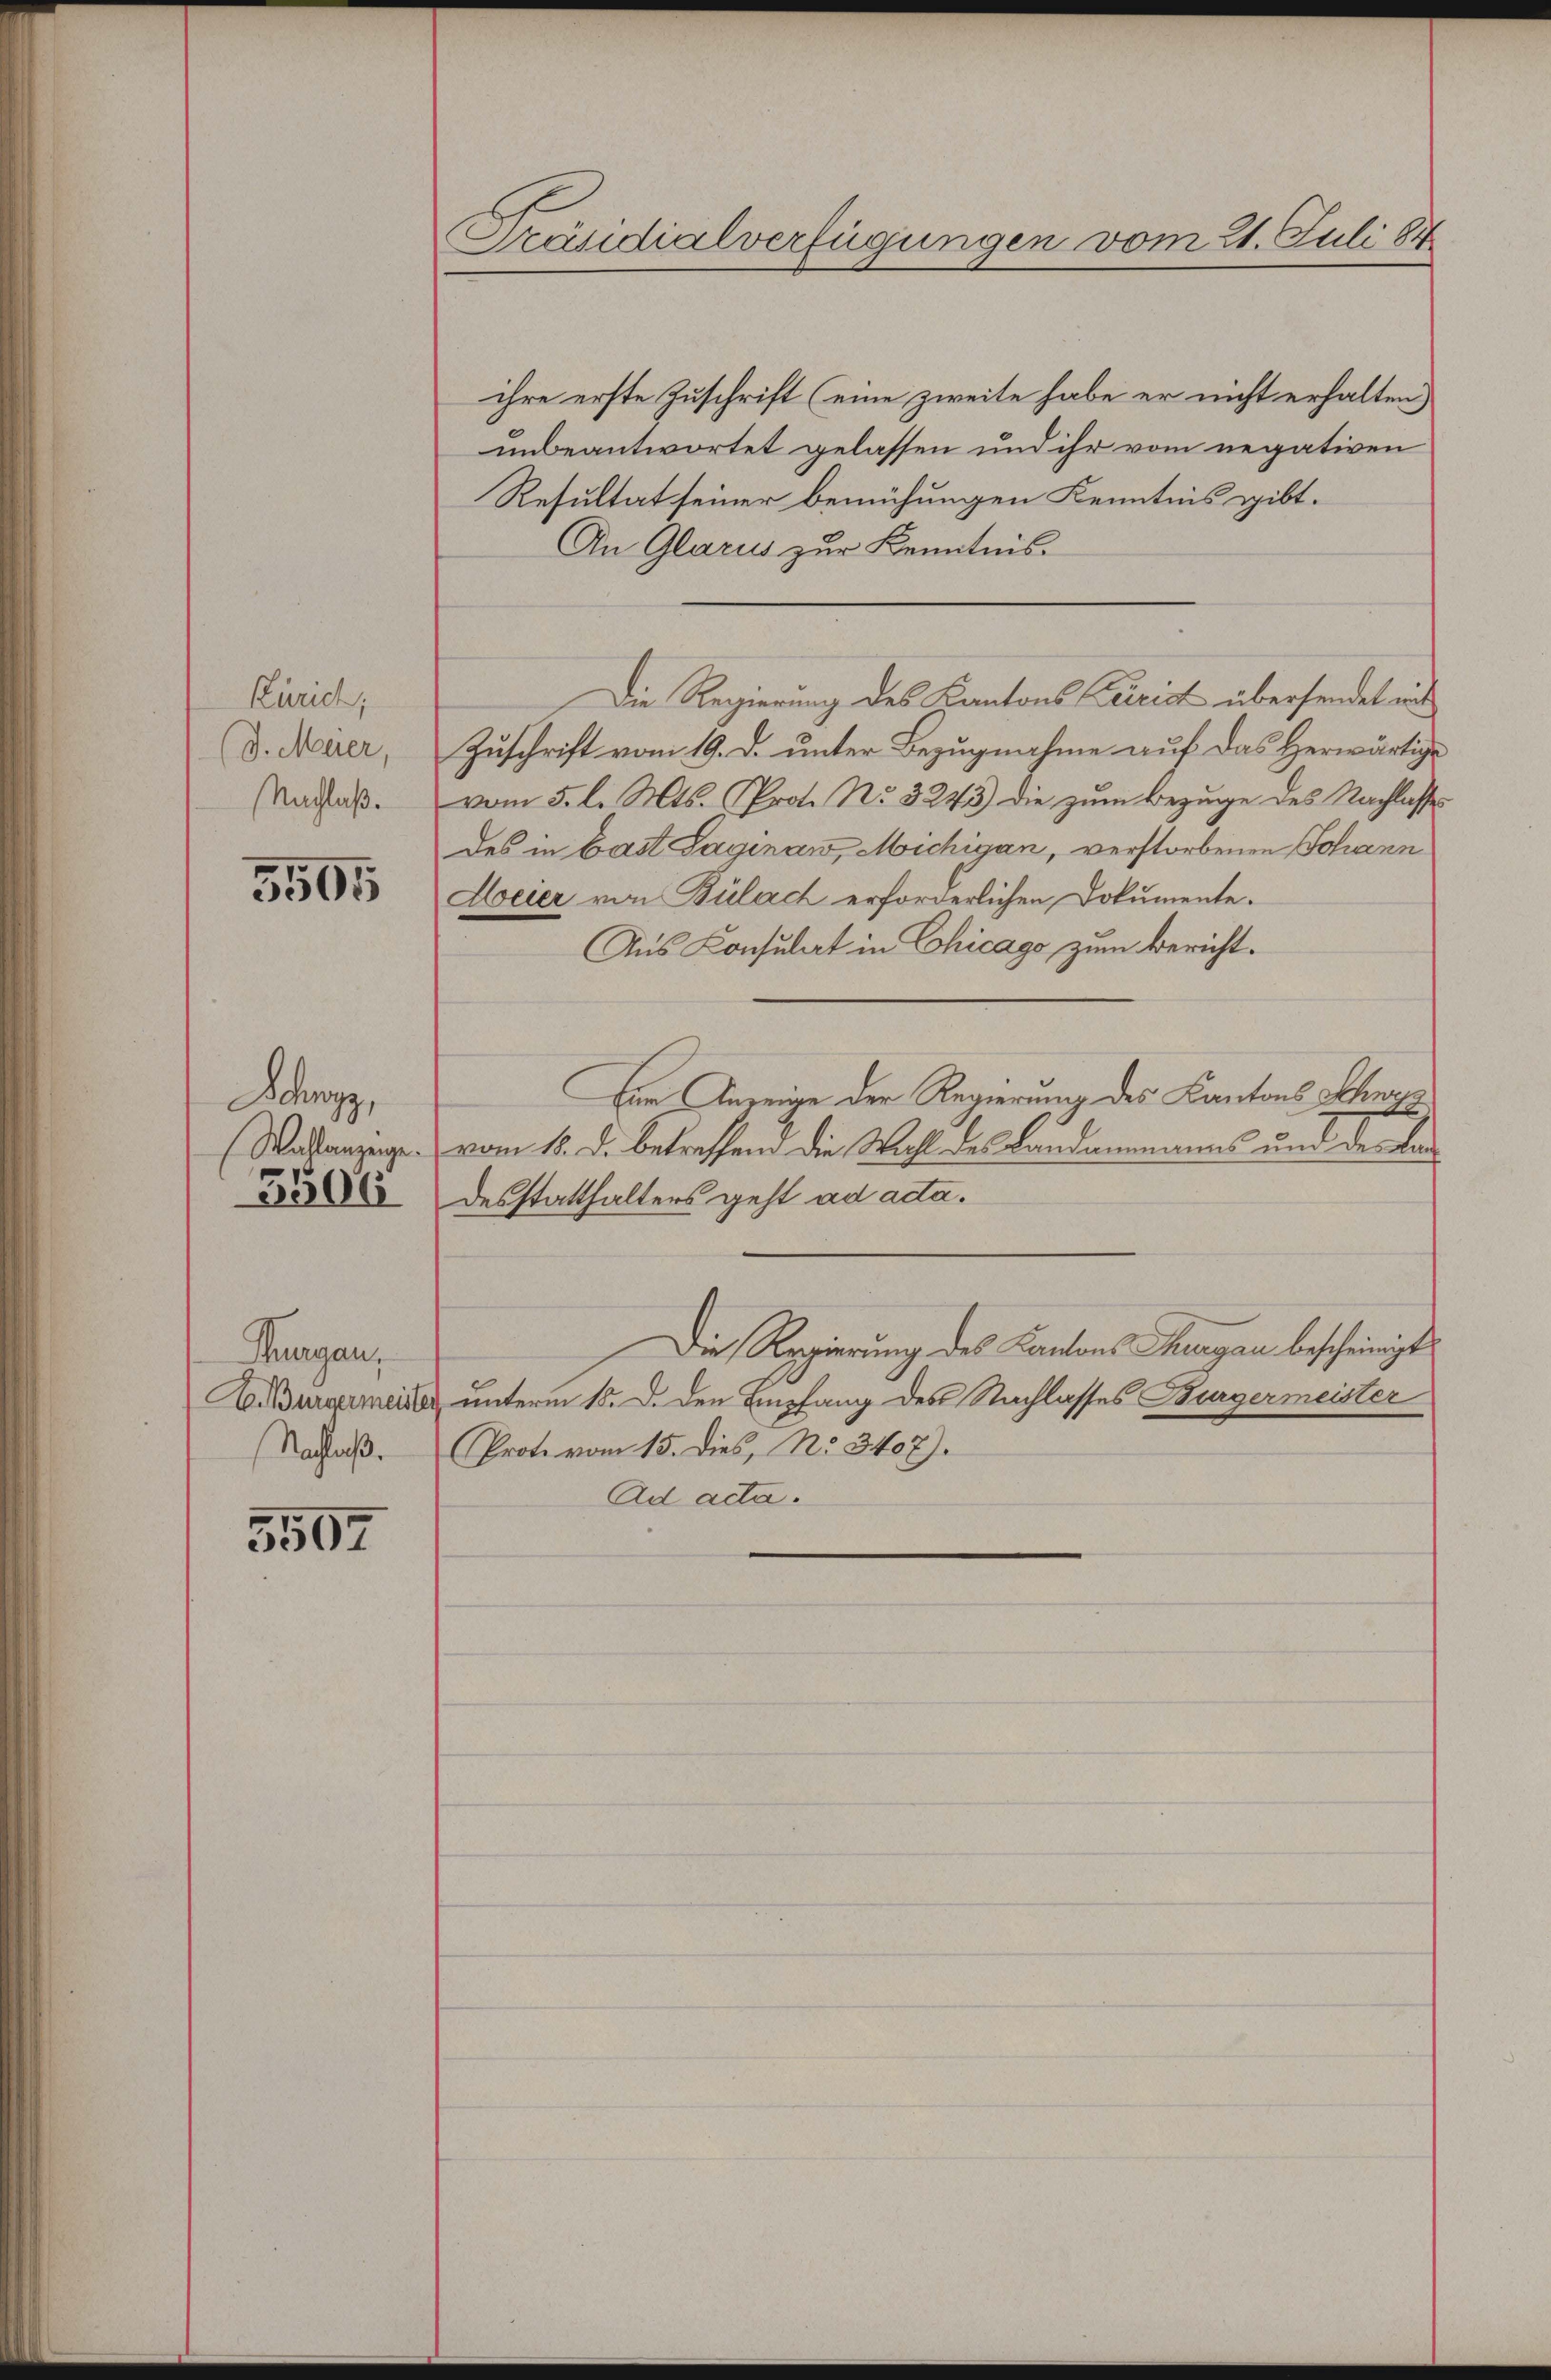
Zürich;
(J. Meier,
Nachlaß.

5505

Schwyz,
3506

Thurgau,
A. Bürgermeist
Nachlaß.

5507

Präsidialverfügungen vom 21. Juli 184

ihre erste Zuschrift (eine zweite habe er nicht erhalten
unbeantwortet gelassen und ihr vom negativen
Resultat seiner bemühungen Kenntnis gibt.
An Glarus zur Kenntnis.
Zuschrift vom 19. d. unter Bezugnahme auf das Herwärtige
vom 5. l. Mts. Prot. No 3243) die zum Bezuge des Nachlasse
des in Bast Saginaw, Michigan, verstorbenen Johann
Heier von Bülach erforderlichen Dokumente.
Aus Consulat in Chicago zum Bericht¬
Ein Anzeige der Regierung des Kantons Schwyz
Wastanzeigen vom 18. d. betreffend die Wahl des Landammanns und des Landesstatthalters geht ad acta.
Die Regierung des Kantons Thurgau bescheinigt
& unterm 15. d. den Empfang des Nachlasses Burgermeister
Proto vom 15. dies, No. 3407).
Ad acta.

Die Regierung des Kantons Cairis übersendet mit